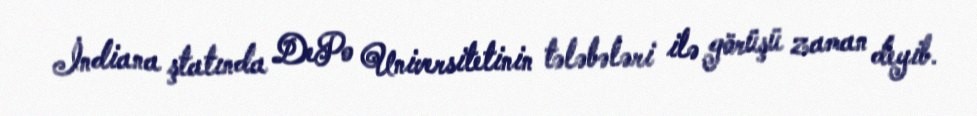
İndiana ştatında DePo Universitetinin tələbələri ilə görüşü zaman deyib.